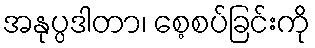
အနုပ္ပဒါတာ၊ စေ့စပ်ခြင်းကို